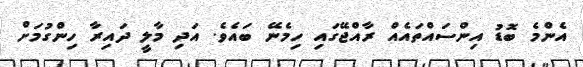
އެންމެ ބޮޑު އިންސައްތައެއް ރާއްޖޭގައި ހިމެނޭ ބައެވެ. އަދި މާލީ ދައިރާ ހިންގުމަށް